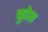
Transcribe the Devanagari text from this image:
चुटेज़